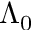
\Lambda _ { 0 }